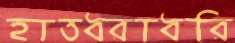
হাতধরাধরি